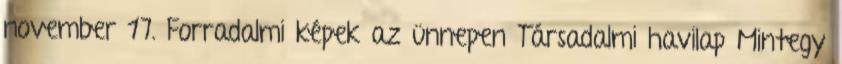
november 17. Forradalmi képek az ünnepen Társadalmi havilap Mintegy